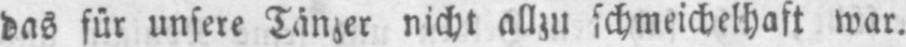
das für unsere Tänzer nicht allzu schmeichelhaft war.